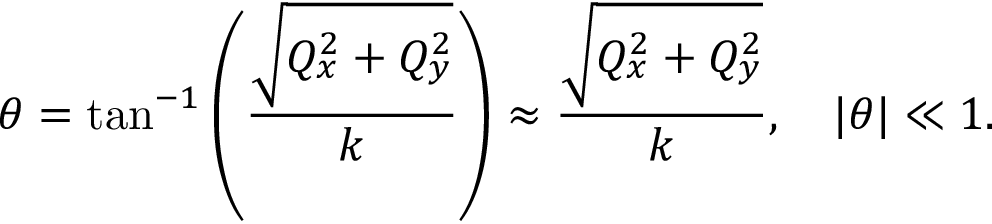
\theta = \tan ^ { - 1 } \left( \frac { \sqrt { Q _ { x } ^ { 2 } + Q _ { y } ^ { 2 } } } { k } \right) \approx \frac { \sqrt { Q _ { x } ^ { 2 } + Q _ { y } ^ { 2 } } } { k } , \quad \vert \theta \vert \ll 1 .